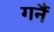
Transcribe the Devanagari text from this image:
गनैं